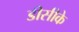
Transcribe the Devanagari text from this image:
डीसीके